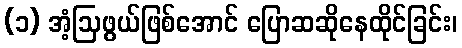
(၁) အံ့ဩဖွယ်ဖြစ်အောင် ပြောဆဆိုနေထိုင်ခြင်း၊